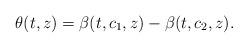
LaTeX: \begin{align*}\theta(t,z)=\beta(t,c_1,z)-\beta(t,c_2,z).\end{align*}